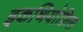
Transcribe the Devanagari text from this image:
इकथियोफ़िस